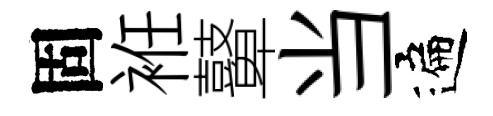
固袵鼙当遍